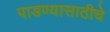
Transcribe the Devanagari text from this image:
पाडण्यासाठीचे